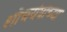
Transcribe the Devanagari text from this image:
शोधयंत्रांच्या